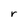
Character: r